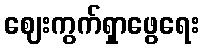
ဈေးကွက်ရှာဖွေရေး